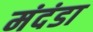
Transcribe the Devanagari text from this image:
मंदंडा